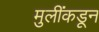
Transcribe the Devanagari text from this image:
मुलींकडून